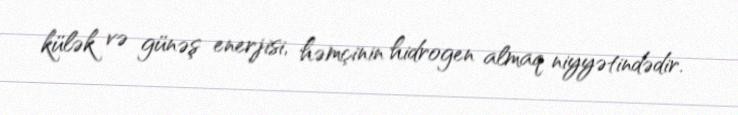
külək və günəş enerjisi, həmçinin hidrogen almaq niyyətindədir.